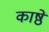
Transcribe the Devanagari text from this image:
काष्ठें